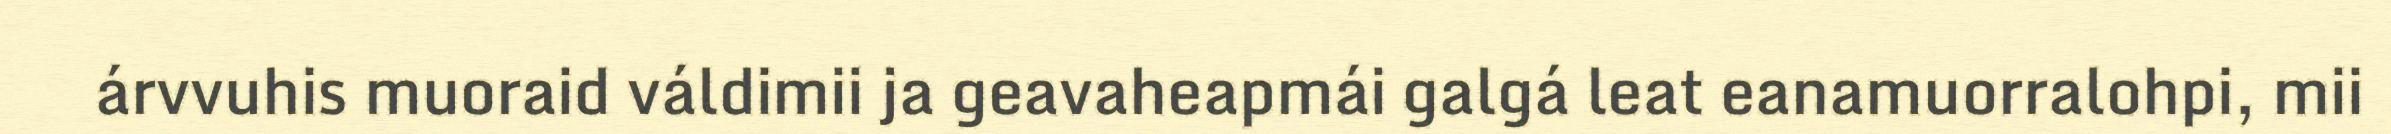
árvvuhis muoraid váldimii ja geavaheapmái galgá leat eanamuorralohpi, mii